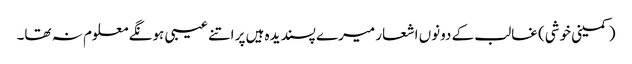
(کمینی خوشی) غالب کے دونوں اشعار میرے پسندیدہ ہیں پر اتنے عیبی ہونگے معلوم نہ تھا۔